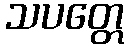
သပတ္တေ